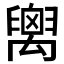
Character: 𥝈